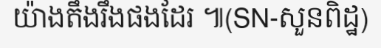
យ៉ាងតឹងរឹងផងដែរ ៕(SN-សួនពិដ្ឋ)